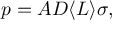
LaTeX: p = A D \langle L \rangle \sigma ,